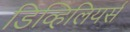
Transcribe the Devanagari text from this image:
डिव्हिलियर्स